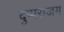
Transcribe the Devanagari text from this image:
दुष्पराजय